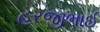
હરજીભાઈ